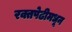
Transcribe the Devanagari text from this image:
रक्तपेढीमधून